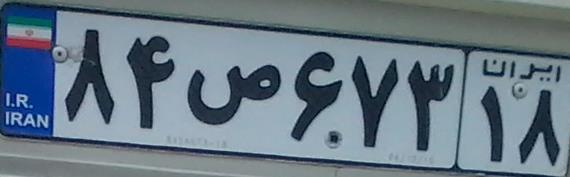
۸۴ص۶۷۳۱۸